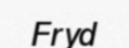
Fryd